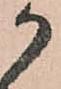
か